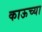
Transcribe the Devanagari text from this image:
काऊच्या